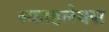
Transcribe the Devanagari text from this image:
स्काइलेक्स